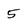
Character: 5